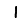
Digit: 1